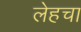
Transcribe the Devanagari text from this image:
लेहचा